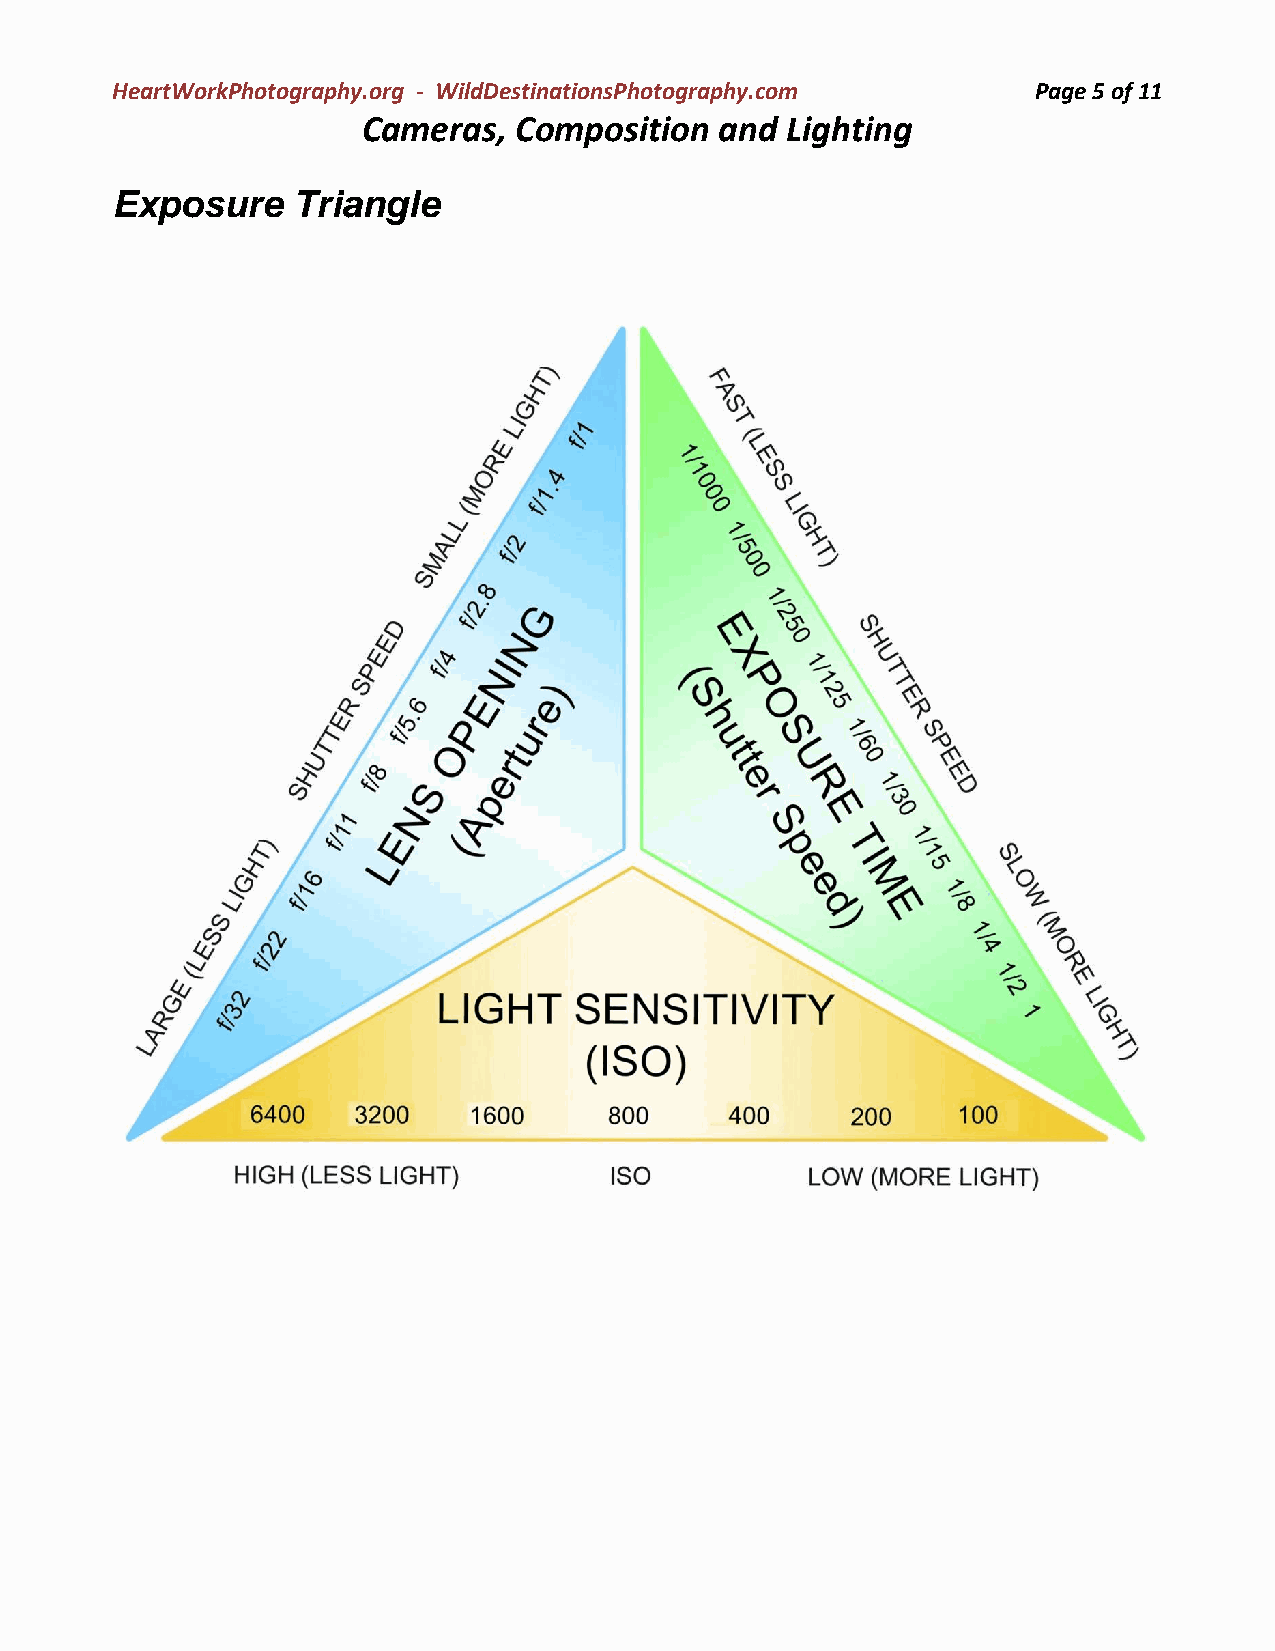
HeartWorkPhotography.org - WildDestinationsPhotography.com    Page 5 of 11
 Cameras,  Composition   and Lighting
 Exposure    Triangle